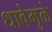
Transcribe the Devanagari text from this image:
धावेमुळे